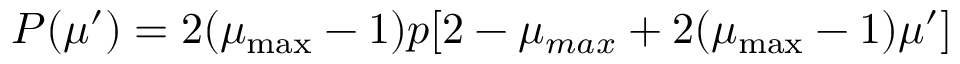
P ( \mu ^ { \prime } ) = 2 ( \mu _ { \operatorname* { m a x } } - 1 ) p [ 2 - \mu _ { m a x } + 2 ( \mu _ { \operatorname* { m a x } } - 1 ) \mu ^ { \prime } ]